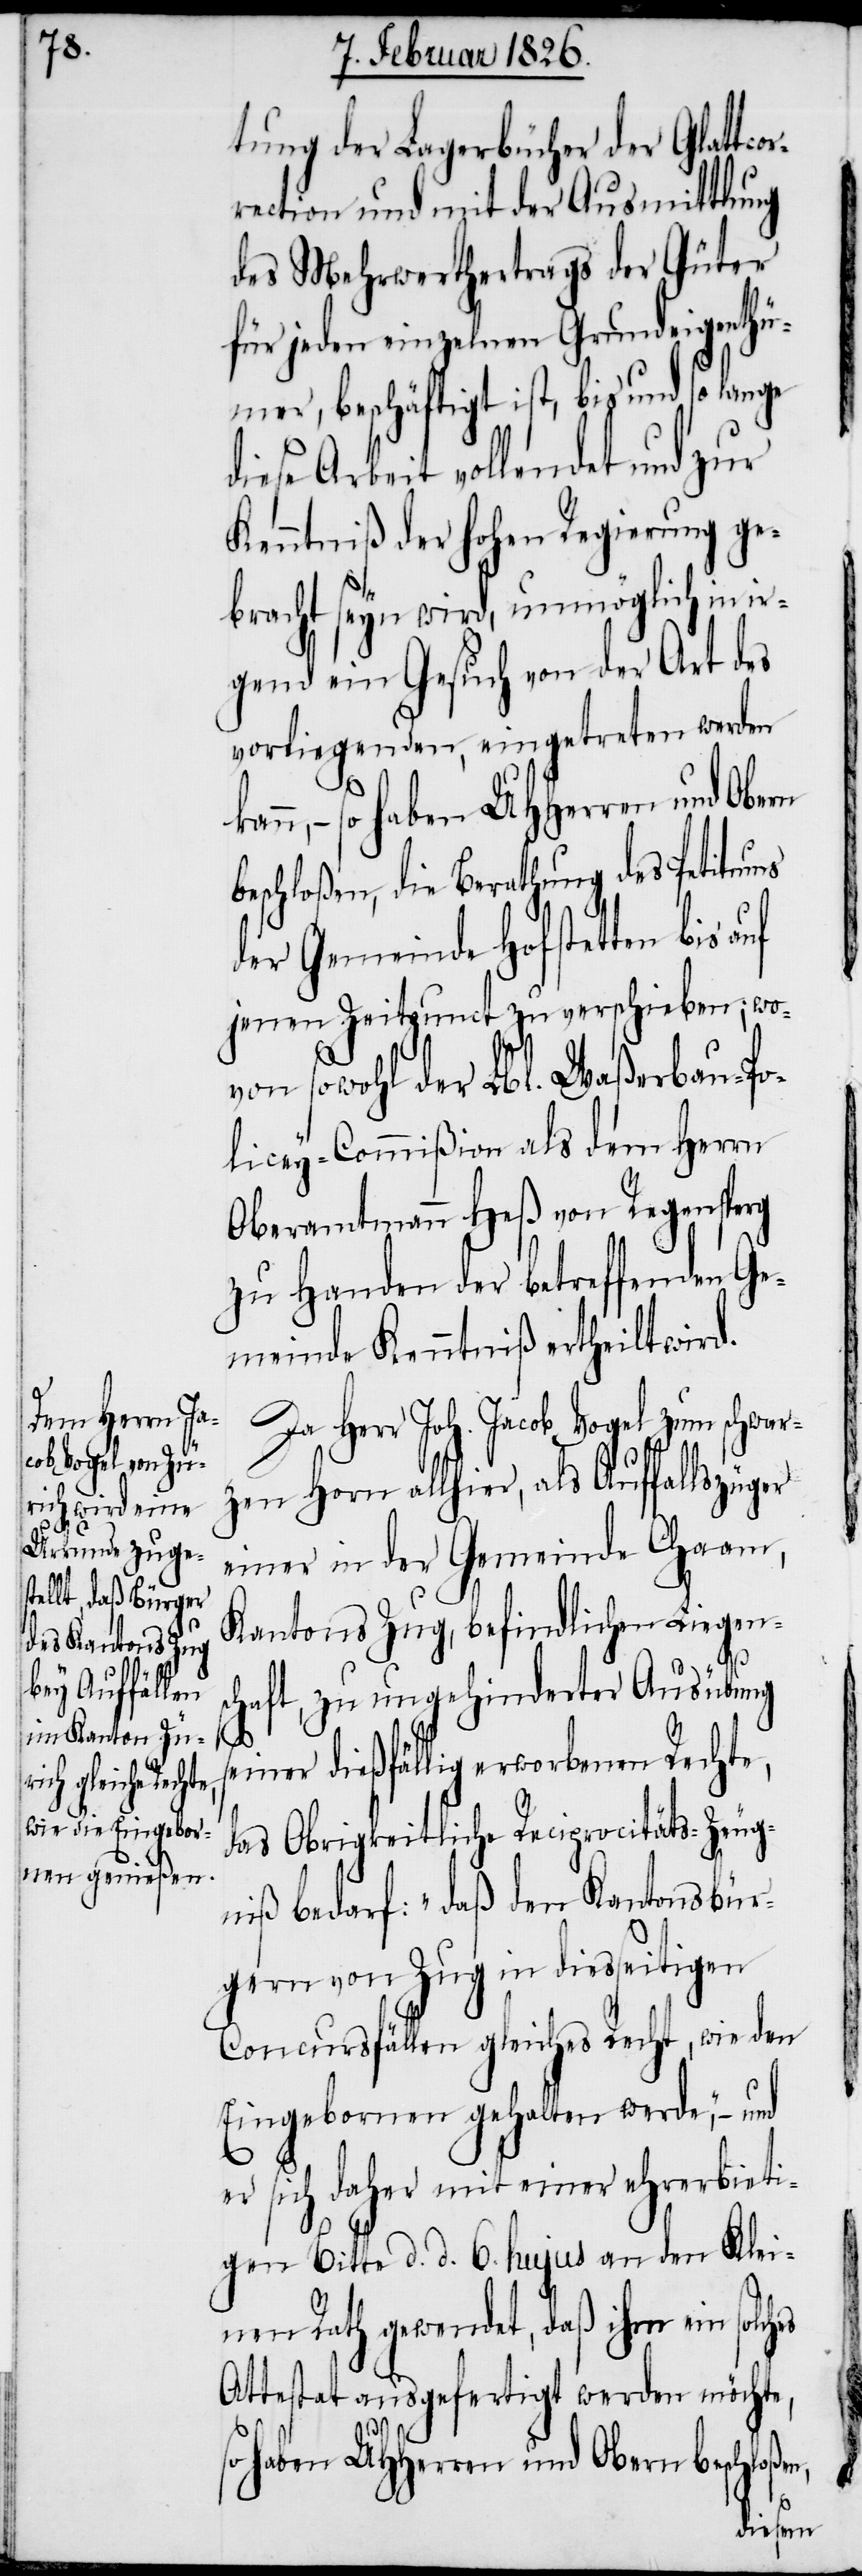
n,

tung der Lagerbücher der Glattcor¬
rection und mit der Ausmittlung
des Mehrwerthertrags der Güter
für jeden einzelnen Grundeigenthü¬
mer, beschäftigt ist, bis und so lange
diese Arbeit vollendet und zur
Kenntniß der hohen Regierung ge¬
bracht seyn wird, unmöglich in ir¬
gend ein Gesuch von der Art des
vorliegenden, eingetreten werden
– so haben UHHerren und Obern
beschloßen, die Berathung des Petitums
der Gemeinde Hofstetten bis
jenen Zeitpunct zu verschieben; wo¬
von sowohl der Lbl. Waßerbau-Po¬
licey-Commißion als dem Herrn
Oberamtmann Heß von Regensperg
zu Handen der betreffenden Ge¬
meinde Kenntniß ertheilt wird.
Da Herr Joh. Jacob Vogel zum schwar¬
zen Horn allhier, als Auffallszüger
einer in der Gemeinde Chaam,
Kantons Zug, befindlichen Liegens¬
chaft, zu ungehinderter Ausübung
iner dießfällig erworbenen Rechte,
das Obrigkeitliche Reciprocitäts-Zeug¬
niß bedarf: „daß den Kantonsbür¬
gern von Zug in diesseitigen
Concursfällen gleiches Recht, wie den
Eingebornen gehalten werde,“ – und
er sich daher mit einer ehrerbieti¬
gen Bitte d. d. 6. hujus an den Klei¬
nen Rath gewendet, daß ihm ein solches
Attestat ausgefertigt werden möchte,
so haben UHHerren und Obern beschloße¬